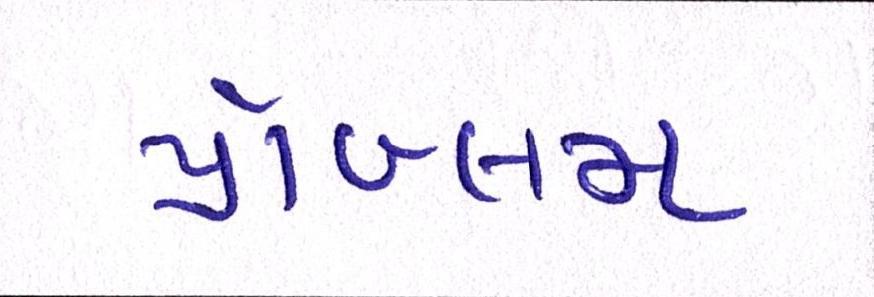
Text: પ્રૉબ્લમ